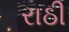
રાઠી